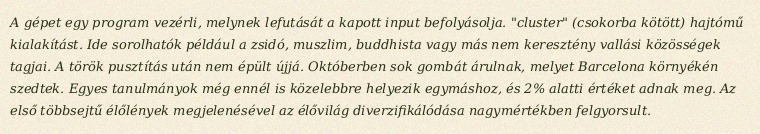
A gépet egy program vezérli, melynek lefutását a kapott input befolyásolja. "cluster" (csokorba kötött) hajtómű kialakítást. Ide sorolhatók például a zsidó, muszlim, buddhista vagy más nem keresztény vallási közösségek tagjai. A török pusztítás után nem épült újjá. Októberben sok gombát árulnak, melyet Barcelona környékén szedtek. Egyes tanulmányok még ennél is közelebbre helyezik egymáshoz, és 2% alatti értéket adnak meg. Az első többsejtű élőlények megjelenésével az élővilág diverzifikálódása nagymértékben felgyorsult.